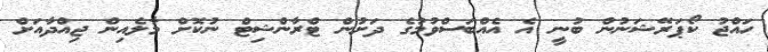
ހައްޖު ކޯޕަރޭޝަނުން ބުނީ އެ އެއްބަސްވުމުގެ ދަށުން ޓްރާންޝިޓް ނުކޮށް މާލެއިން ޖިއްދާއަށް